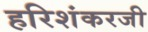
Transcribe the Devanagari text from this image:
हरिशंकरजी